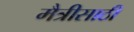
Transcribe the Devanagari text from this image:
मैत्रीसाठी